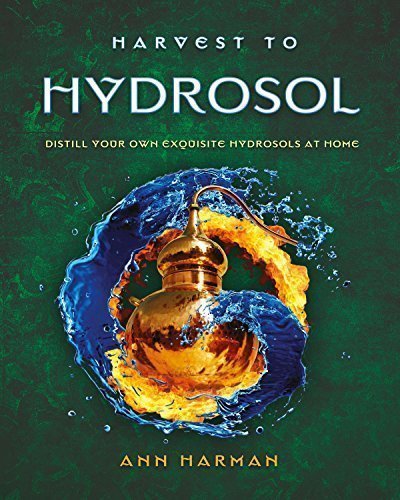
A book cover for Harvest to Hydrosol Distill Your Own Exquisite Hydrosols at Home; Ann Harman; Health, Fitness & Dieting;